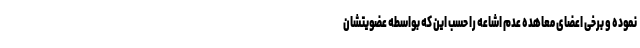
نموده و برخی اعضای معاهده عدم اشاعه را حسب این که بواسطه عضویتشان